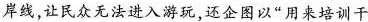
岸线，让民众无法进入游玩，还企图以”用来培训干